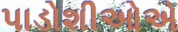
પાડોશીઓએ